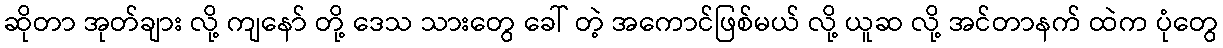
ဆိုတာ အုတ်ချား လို့ ကျနော် တို့ ဒေသ သားတွေ ခေါ် တဲ့ အကောင်ဖြစ်မယ် လို့ ယူဆ လို့ အင်တာနက် ထဲက ပုံတွေ